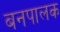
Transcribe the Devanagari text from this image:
बनपालक